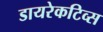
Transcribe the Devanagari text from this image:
डायरेकटिव्स